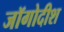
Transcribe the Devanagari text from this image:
जॉगोदीश